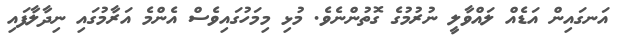
އަނގައިން އަޑެއް ލައްވާލީ ނުރުމުގެ ގޮތުންނެވެ. މުޅި މިމަހުގައިވެސް އެންމެ އަރާމުގައި ނިދާލާފައި